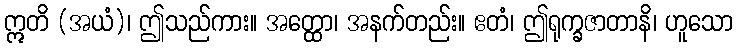
ဣတိ (အယံ)၊ ဤသည်ကား။ အတ္ထော၊ အနက်တည်း။ ဧတံ၊ ဤရုက္ခဇာတာနိ၊ ဟူသော